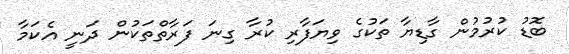
ބޮޑު ކުރުމުން ގާޑިޔާ ތަކުގެ ވިޔަފާރި ކުރާ ގިނަ ފަރާތްތަކުން ދަނީ އެކަމާ